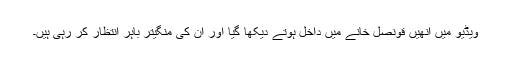
ویڈیو میں انھیں قونصل خانے میں داخل ہوتے دیکھا گیا اور ان کی منگیتر باہر انتظار کر رہی ہیں۔